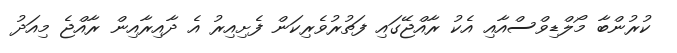
ކުރުންބާ މޯލްޑިވްސްއާއި އެކު ރާއްޖޭގައި ފަތުރުވެރިކަން ފެށިއިރު އެ ދާއިރާއިން ރާއްޖެ މިއަދު